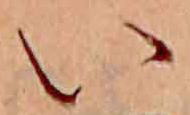
い